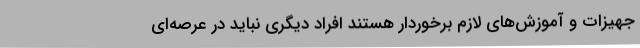
جهیزات و آموزش‌های لازم برخوردار هستند افراد دیگری نباید در عرصه‌ای